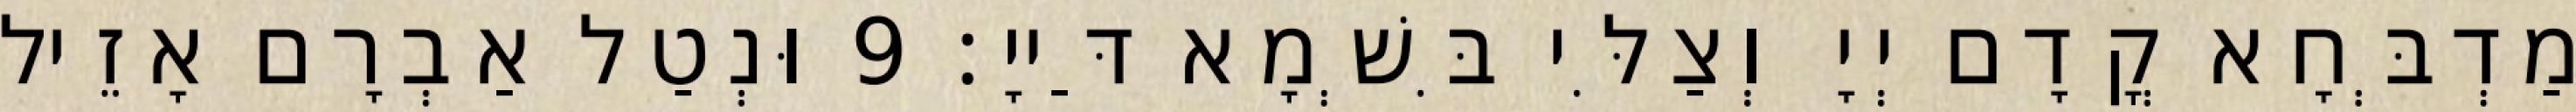
מַדְבְּחָא קֳדָם יְיָ וְצַלִּי בִּשְׁמָא דַּייָ׃ 9 וּנְטַל אַבְרָם אָזֵיל